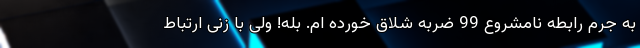
به جرم رابطه نامشروع 99 ضربه شلاق خورده ام. بله! ولی با زنی ارتباط